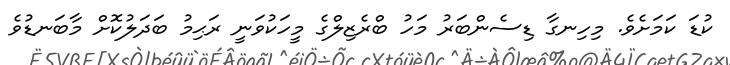
ކުޑަ ކަމަށެވެ. މިހިނގާ ޑިސެންބަރު މަހު ބްރެޒިލްގެ މީހަކުވަނީ ރަޙިމު ބަދަލުކޮށް މާބަނޑުވެ